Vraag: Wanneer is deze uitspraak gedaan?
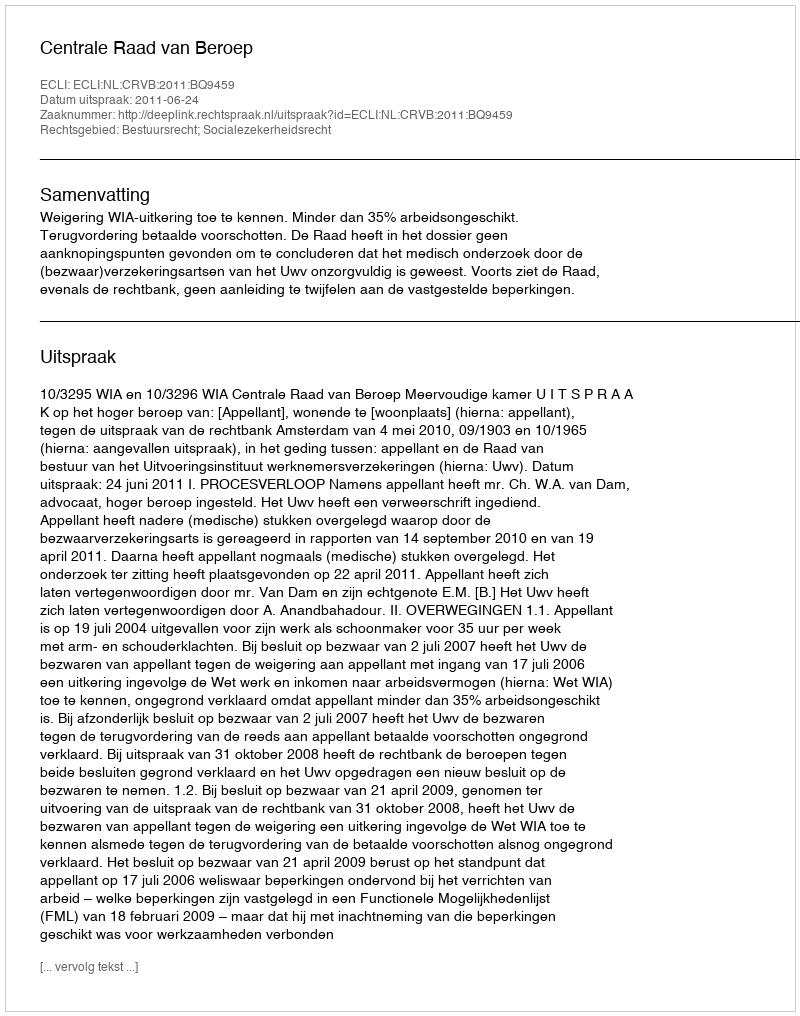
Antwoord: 2011-06-24